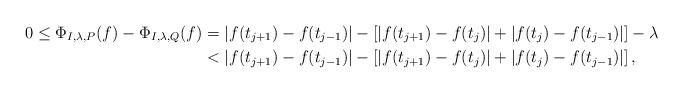
LaTeX: \begin{align*}0\le\Phi_{I,\lambda,P}(f)-\Phi_{I,\lambda,Q}(f) & =|f(t_{j+1})-f(t_{j-1})|-\left[|f(t_{j+1})-f(t_{j})|+|f(t_{j})-f(t_{j-1})|\right]-\lambda\\ & <|f(t_{j+1})-f(t_{j-1})|-\left[|f(t_{j+1})-f(t_{j})|+|f(t_{j})-f(t_{j-1})|\right],\end{align*}